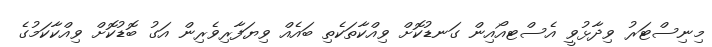
މިނިސްޓަރު ވިދާޅުވީ އެސްޓއޯއިން ގަނޑުކޮށް ވިއްކާތަކެތި ބައެއް ވިޔަފާރިވެރިން އަގު ބޮޑުކޮށް ވިއްކާކަމުގެ